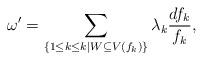
LaTeX: \begin{align*}\omega^{\prime} = \sum_{\{ 1 \leq k \leq k \mid W \subseteq V(f_{k})\}} \lambda_{k} \frac{df_{k}}{f_{k}},\end{align*}